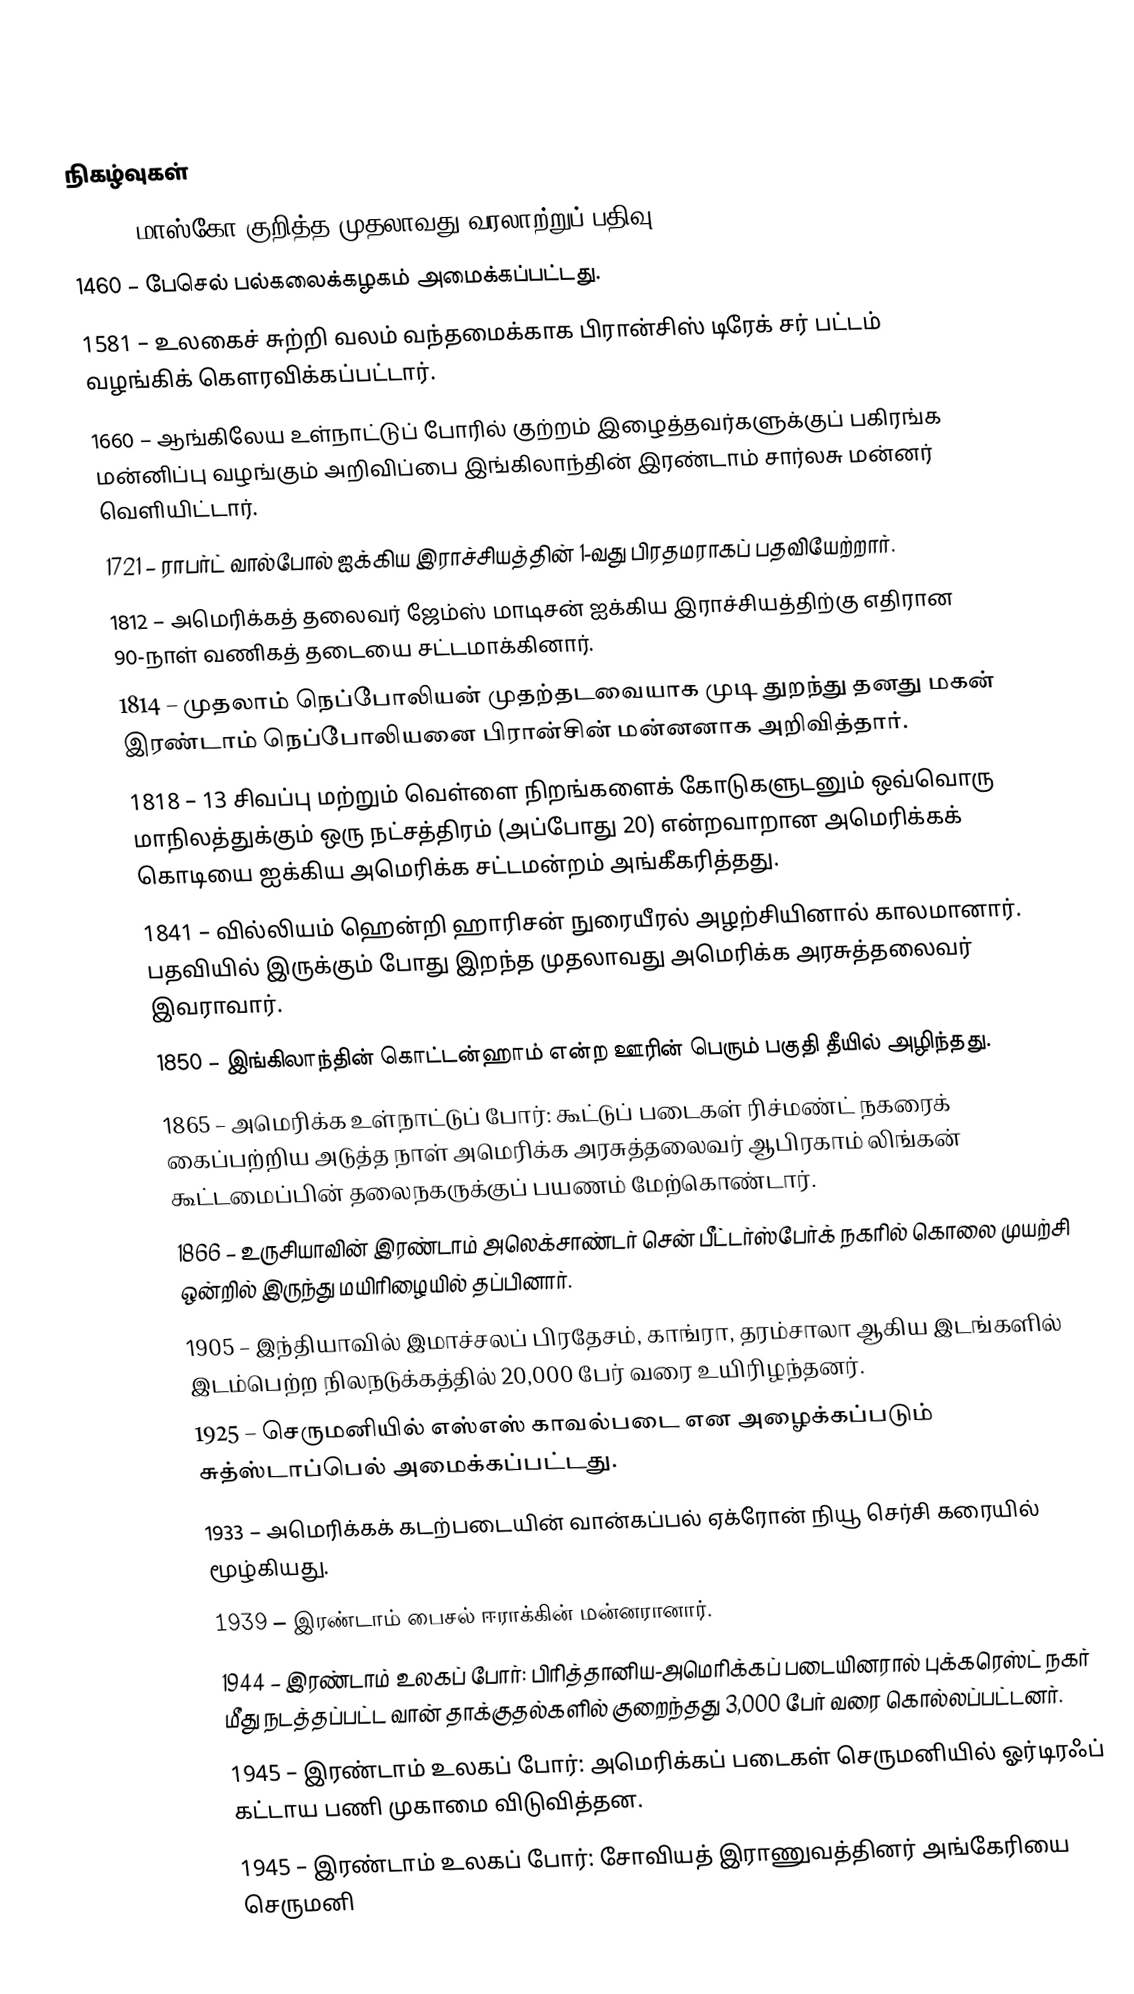

நிகழ்வுகள்
1147 – மாஸ்கோ குறித்த முதலாவது வரலாற்றுப் பதிவு.
1460 – பேசெல் பல்கலைக்கழகம் அமைக்கப்பட்டது.
1581 – உலகைச் சுற்றி வலம் வந்தமைக்காக பிரான்சிஸ் டிரேக் சர் பட்டம் வழங்கிக் கௌரவிக்கப்பட்டார்.
1660 – ஆங்கிலேய உள்நாட்டுப் போரில் குற்றம் இழைத்தவர்களுக்குப் பகிரங்க மன்னிப்பு வழங்கும் அறிவிப்பை இங்கிலாந்தின் இரண்டாம் சார்லசு மன்னர் வெளியிட்டார்.
1721 – ராபர்ட் வால்போல் ஐக்கிய இராச்சியத்தின் 1-வது பிரதமராகப் பதவியேற்றார்.
1812 – அமெரிக்கத் தலைவர் ஜேம்ஸ் மாடிசன் ஐக்கிய இராச்சியத்திற்கு எதிரான 90-நாள் வணிகத் தடையை சட்டமாக்கினார்.
1814 – முதலாம் நெப்போலியன் முதற்தடவையாக முடி துறந்து தனது மகன் இரண்டாம் நெப்போலியனை பிரான்சின் மன்னனாக அறிவித்தார்.
1818 – 13 சிவப்பு மற்றும் வெள்ளை நிறங்களைக் கோடுகளுடனும் ஒவ்வொரு மாநிலத்துக்கும் ஒரு நட்சத்திரம் (அப்போது 20) என்றவாறான அமெரிக்கக் கொடியை ஐக்கிய அமெரிக்க சட்டமன்றம்  அங்கீகரித்தது.
1841 – வில்லியம் ஹென்றி ஹாரிசன் நுரையீரல் அழற்சியினால் காலமானார். பதவியில் இருக்கும் போது இறந்த முதலாவது  அமெரிக்க அரசுத்தலைவர் இவராவார்.
1850 – இங்கிலாந்தின் கொட்டன்ஹாம் என்ற ஊரின் பெரும் பகுதி தீயில் அழிந்தது.
1865 – அமெரிக்க உள்நாட்டுப் போர்: கூட்டுப் படைகள் ரிச்மண்ட் நகரைக் கைப்பற்றிய அடுத்த நாள் அமெரிக்க அரசுத்தலைவர் ஆபிரகாம் லிங்கன் கூட்டமைப்பின் தலைநகருக்குப் பயணம் மேற்கொண்டார்.
1866 – உருசியாவின் இரண்டாம் அலெக்சாண்டர் சென் பீட்டர்ஸ்பேர்க் நகரில் கொலை முயற்சி ஒன்றில் இருந்து மயிரிழையில் தப்பினார்.
1905 – இந்தியாவில் இமாச்சலப் பிரதேசம், காங்ரா, தரம்சாலா ஆகிய இடங்களில் இடம்பெற்ற நிலநடுக்கத்தில் 20,000 பேர் வரை உயிரிழந்தனர்.
1925 – செருமனியில் எஸ்எஸ் காவல்படை என அழைக்கப்படும் சுத்ஸ்டாப்பெல் அமைக்கப்பட்டது.
1933 – அமெரிக்கக் கடற்படையின் வான்கப்பல் ஏக்ரோன் நியூ செர்சி கரையில் மூழ்கியது.
1939 – இரண்டாம் பைசல் ஈராக்கின் மன்னரானார்.
1944 – இரண்டாம் உலகப் போர்: பிரித்தானிய-அமெரிக்கப் படையினரால் புக்கரெஸ்ட் நகர் மீது நடத்தப்பட்ட வான் தாக்குதல்களில் குறைந்தது 3,000 பேர் வரை கொல்லப்பட்டனர்.
1945 – இரண்டாம் உலகப் போர்: அமெரிக்கப் படைகள் செருமனியில் ஓர்டிரஃப் கட்டாய பணி முகாமை விடுவித்தன.
1945 – இரண்டாம் உலகப் போர்: சோவியத் இராணுவத்தினர் அங்கேரியை செருமனி